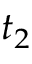
t _ { 2 }